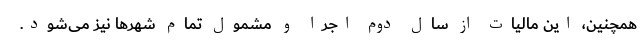
همچنین، این مالیات از سال دوم اجرا و مشمول تمام شهر‌ها نیز می‌شود.